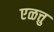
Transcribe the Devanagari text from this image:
एळत्तु